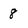
Character: 8